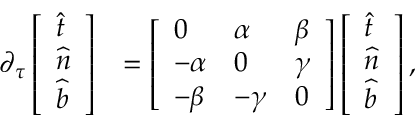
\begin{array} { r l } { \partial _ { \tau } \left[ \begin{array} { l } { \widehat { t } } \\ { \widehat { n } } \\ { \widehat { b } } \end{array} \right] } & { = \left[ \begin{array} { l l l } { 0 } & { \alpha } & { \beta } \\ { - \alpha } & { 0 } & { \gamma } \\ { - \beta } & { - \gamma } & { 0 } \end{array} \right] \left[ \begin{array} { l } { \widehat { t } } \\ { \widehat { n } } \\ { \widehat { b } } \end{array} \right] , } \end{array}